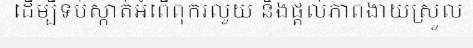
ដើម្បីទប់ស្កាត់អំពើពុករលួយ និងផ្តល់ភាពងាយស្រួល